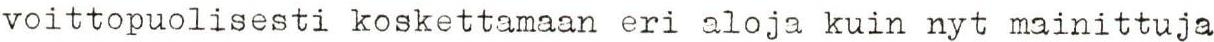
voittopuolisesti koskettamaan eri aloja kuin nyt mainittuja